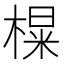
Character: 𪳑